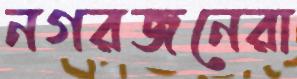
নগরজনেরা